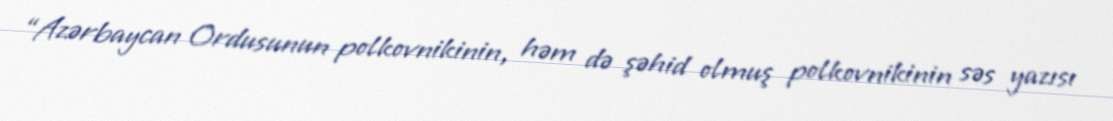
“Azərbaycan Ordusunun polkovnikinin, həm də şəhid olmuş polkovnikinin səs yazısı